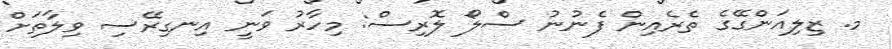
މ. ޒިލިއަންގޭގެ ތެރެއިން ފެނުނު ސްލޯ ލޮރިސް: މިހާރު ވަނީ އިނގިރޭސި ވިލާތަށް